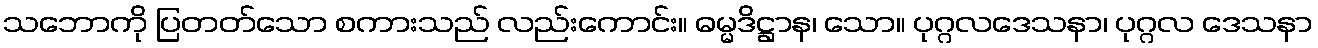
သဘောကို ပြတတ်သော စကားသည် လည်းကောင်း။ ဓမ္မဒိဋ္ဌာန၊ သော။ ပုဂ္ဂလဒေသနာ၊ ပုဂ္ဂလ ဒေသနာ